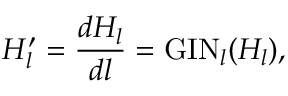
H _ { l } ^ { \prime } = \frac { d H _ { l } } { d l } = \mathrm { G I N } _ { l } ( H _ { l } ) ,